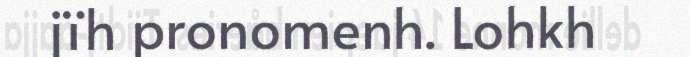
jïh pronomenh. Lohkh